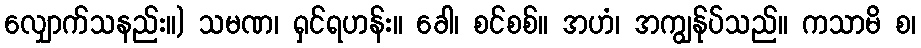
လျှောက်သနည်း။) သမဏ၊ ရှင်ရဟန်း။ ခေါ၊ စင်စစ်။ အဟံ၊ အကျွန်ုပ်သည်။ ကသာမိ စ၊